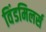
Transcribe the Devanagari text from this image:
विंडमिलर्स